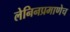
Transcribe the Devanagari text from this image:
लेनिनप्रमाणेच